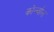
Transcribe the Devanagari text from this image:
कोर्न्वाल